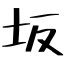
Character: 坂